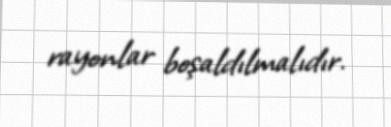
rayonlar boşaldılmalıdır.